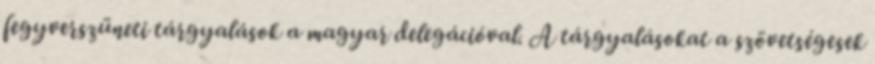
fegyverszüneti tárgyalások a magyar delegációval. A tárgyalásokat a szövetségesek